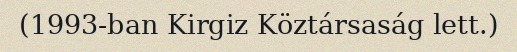
(1993-ban Kirgiz Köztársaság lett.)